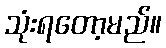
သုံးရတော့မည်။